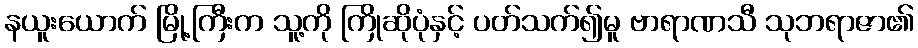
နယူးယောက် မြို့ကြီးက သူ့ကို ကြိုဆိုပုံနှင့် ပတ်သက်၍မူ ဗာရာဏသီ သုဘရာဇာ၏